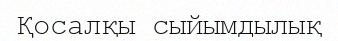
Қосалқы сыйымдылық